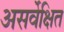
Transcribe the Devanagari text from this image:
असर्वेक्षित